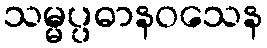
သမ္မပ္ပဓာနဝသေန